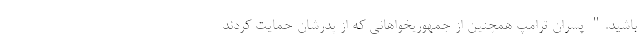
باشید." پسران ترامپ همچنین از جمهوریخواهانی که از پدرشان حمایت کردند